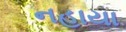
નહાયા